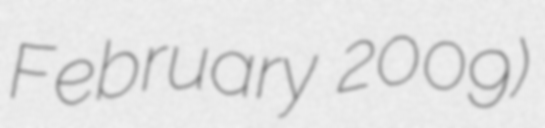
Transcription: February 2009)